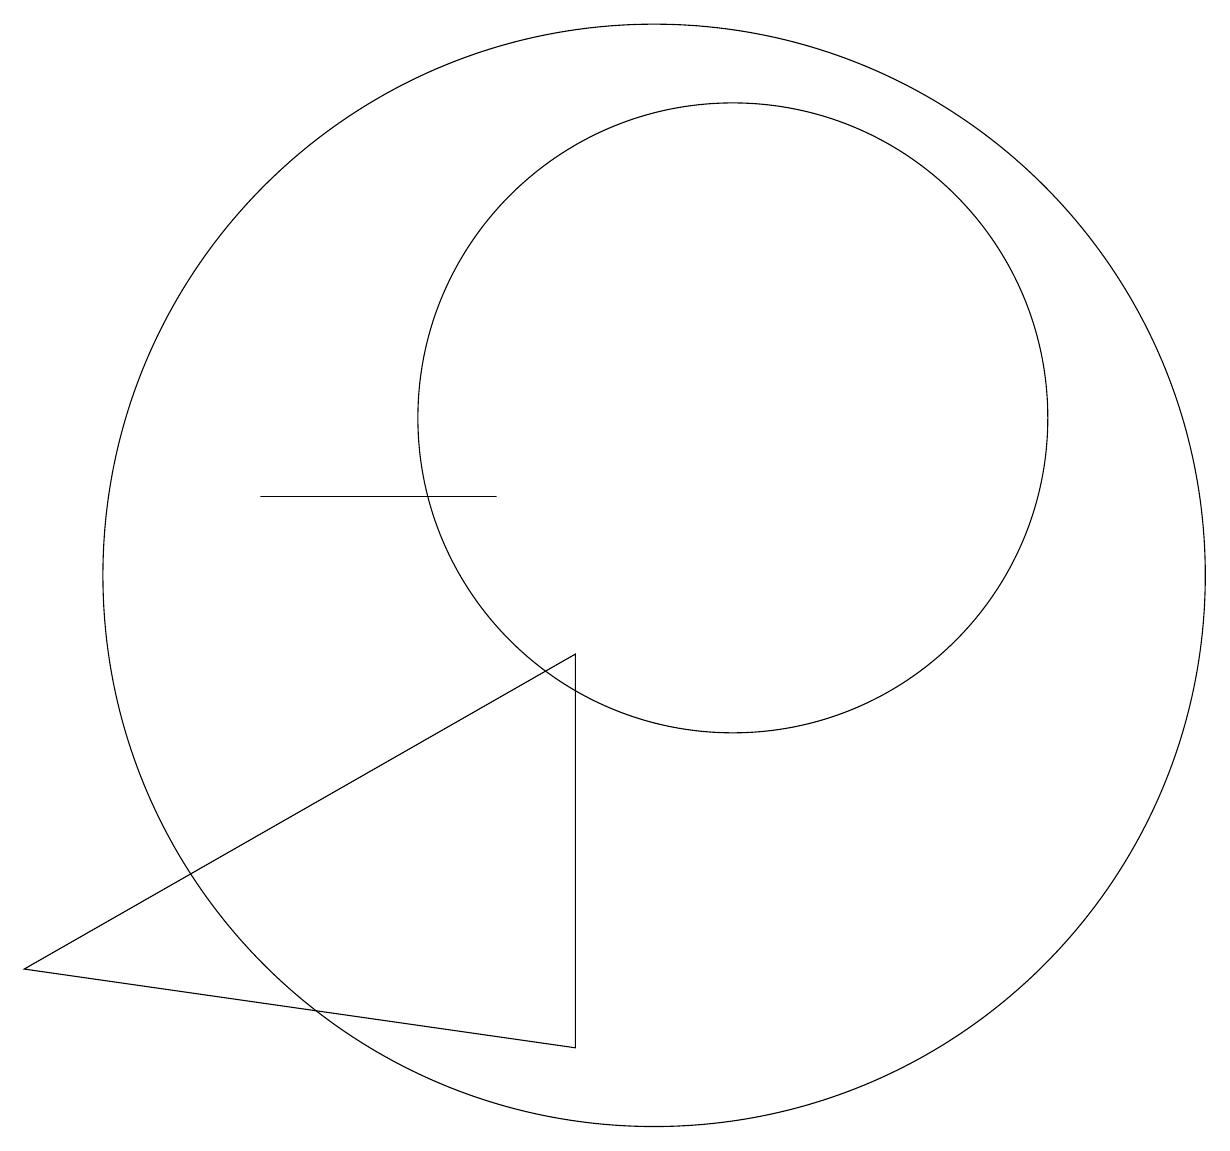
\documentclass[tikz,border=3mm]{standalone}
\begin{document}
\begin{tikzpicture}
\draw (10,10) circle (7);
\draw (11,12) circle (4);
\draw (9,4) -- (9,9) -- (2,5) -- cycle;
\draw (8,11) rectangle (5,11);
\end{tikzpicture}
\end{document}